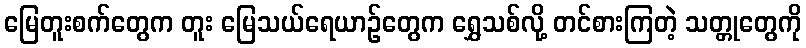
မြေတူးစက်တွေက တူး မြေသယ်ရေယာဉ်တွေက ရွှေသစ်လို့ တင်စားကြတဲ့ သတ္တုတွေကို